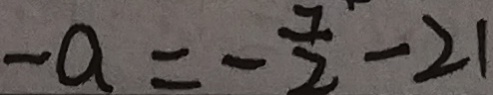
- a = - \frac { 7 } { 2 } - 2 1